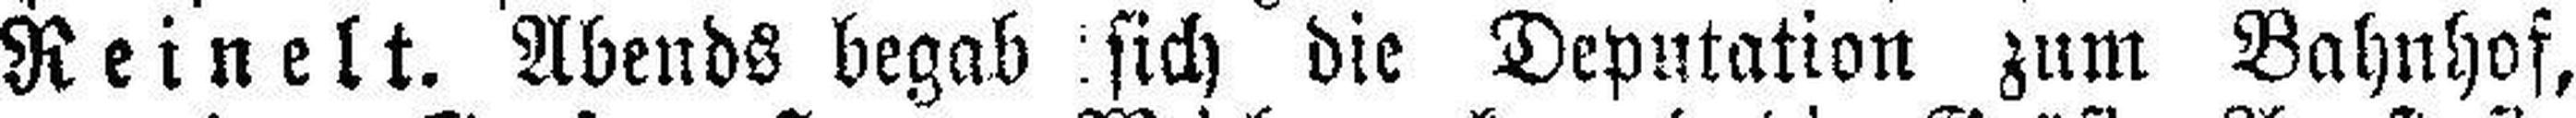
Reinelt. Abends begab sich die Deputation zum Bahnhof,